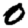
Digit: 0